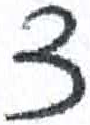
אות: צ